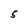
Character: 5